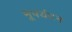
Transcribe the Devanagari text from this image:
भूपर्यटन